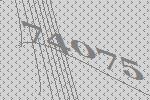
74075